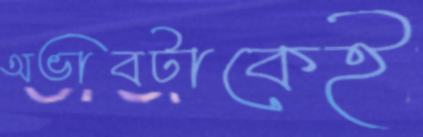
অভাবটাকেই